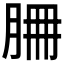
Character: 𦚻